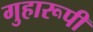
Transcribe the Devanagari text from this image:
गुहारूपी